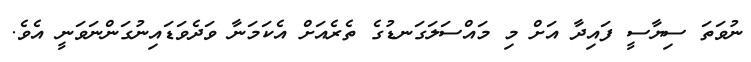
ނުވަތަ ސިޔާސީ ފައިދާ އަށް މި މައްސަލަގަނޑުގެ ތެރެއަށް އެކަމަނާ ވަދެވަޑައިނުގަންނަވަނީ އެވެ.